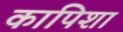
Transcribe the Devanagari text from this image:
कापिशा